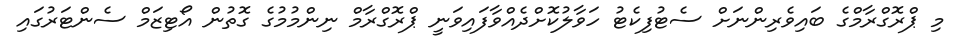
މި ޕްރޮގްރާމްގެ ބައިވެރިންނަށް ސެޓުފިކެޓު ހަވާލުކޮށްދެއްވާފައިވަނީ ޕްރޮގްރާމް ނިންމުމުގެ ގޮތުން އޯޓިޒަމް ސެންޓަރުގައި